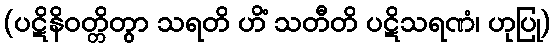
(ပဋိနိဝတ္တိတွာ သရတိ ဟိံ သတီတိ ပဋိသရဏံ၊ ဟုပြု)